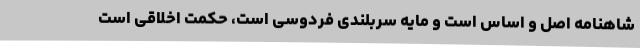
شاهنامه اصل و اساس است و مایه سربلندی فردوسی است، حکمت اخلاقی است